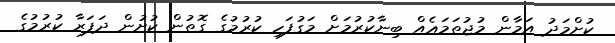
ކުށްމަދު އަމާން މުޖުތަމަޢެއް ބިނާކުރުމަށް މަގުފަހި ކުރުމުގެ ގޮތުން ކުށުން ދަފަރާ ކުރުމުގެ